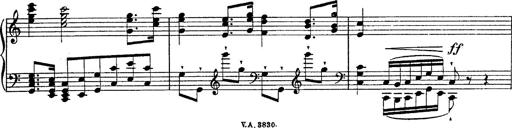
Title: Fantasie Ã¼ber Themen aus Mozarts Figaro und Don Giovanni
Composer: Franz Liszt